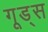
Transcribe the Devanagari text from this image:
गूड्स